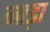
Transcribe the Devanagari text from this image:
नाड़ा